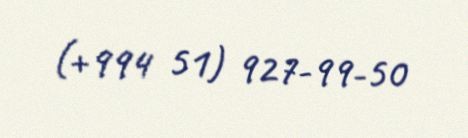
(+994 51) 927-99-50